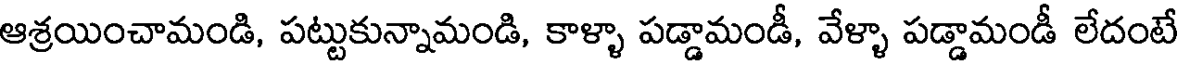
ఆశ్రయించామండి, పట్టుకున్నామండి, కాళ్ళా పడ్డామండీ, వేళ్ళా పడ్డామండీ లేదంటే